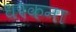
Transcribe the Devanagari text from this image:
धरकना